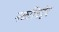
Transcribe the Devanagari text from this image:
नकश्चिद्वेद